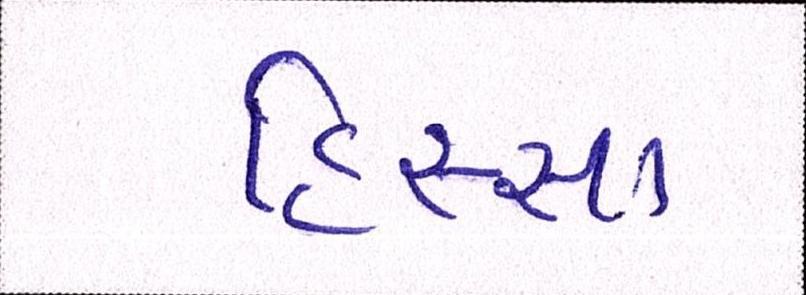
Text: હિસ્સા